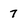
Character: 7